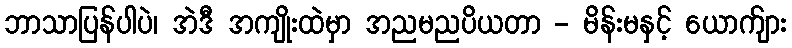
ဘာသာပြန်ပါပဲ၊ အဲဒီ အကျိုးထဲမှာ အညမညပိယတာ - မိန်းမနှင့် ယောက်ျား